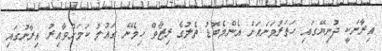
އިރާނަކީ ދުނިޔޭގައި ހަތަރުވަނައަށް އެންމެބޮޑު ތެލުގެ ރިޒާވް ހިމެނޭ ގައުމު ކަމަށްވާއިރު އިރާނުގައި